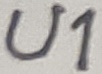
Text: U1